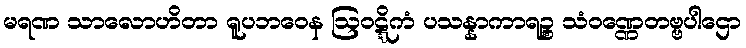
မရဏ သာလောဟိတာ ရူပဘဝေန ဩဝဋ္ဋိကံ ပသန္နာကာရဉ္စ သံဝဏ္ဏေတဗ္ဗပါဌော